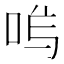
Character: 𭇩